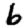
Digit: 6